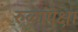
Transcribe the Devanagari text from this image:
रुळांपेक्षा